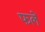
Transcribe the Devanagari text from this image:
फलें